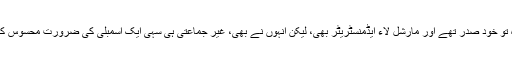
وہ تو خود صدر تھے اور مارشل لاء ایڈمنسٹریٹر بھی، لیکن انہوں نے بھی، غیر جماعتی ہی سہی ایک اسمبلی کی ضرورت محسوس کی۔